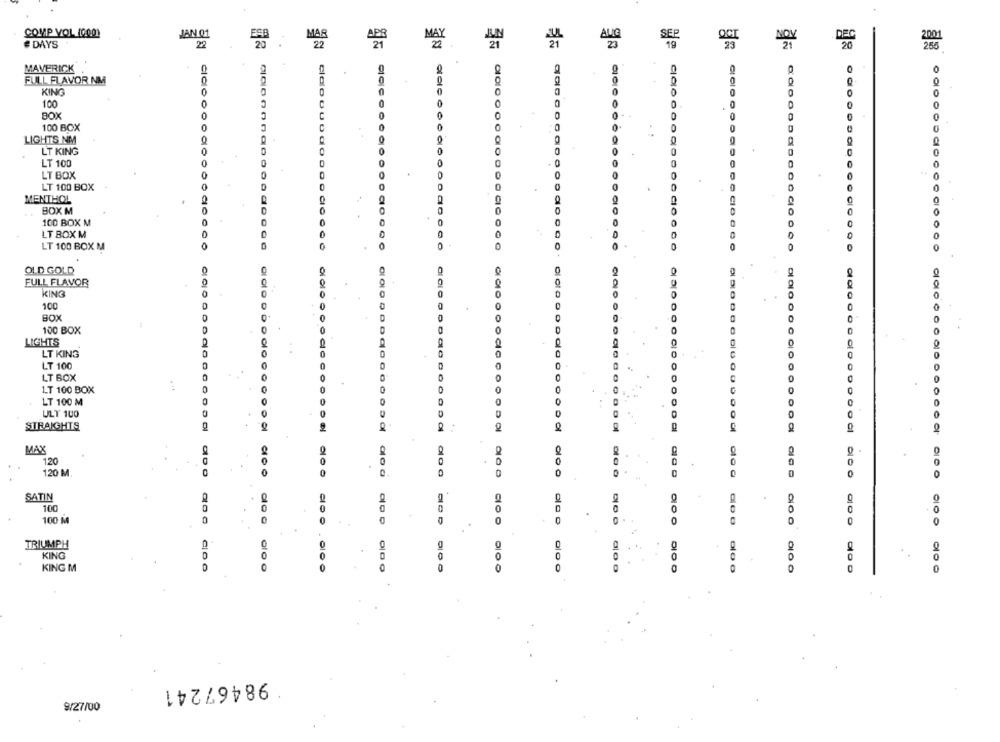
COMP VOL (000)
JAN 01
# DAYS
22
ES : MAR
MAX
AUG
SEP
NOV
2001
MAVERICK
FULL FLAVOR NM
0
KING
100
0
0
BOX
C
0
100 BOX
0
0
0
LIGHTS NM
0
0
LT KING
0
0
LT 100
0
0
LT BOX
.
0
0
LT 100 BOX
0
MENTHOL
BOX M
100 BOX M
LT BOX M
LT 100 BOX M
............. .. .
OLD GOLD
0
FULL FLAVOR
0
KING
100
BOX
100 BOX
LIGHTS
LT KING
LT 100
0
LT BOX
0
1.T 100 BOX
0
LT 100 M
ULT 100
STRAIGHTS
MAX
120
120 M.
0
SATIN
100
100 M
0
0
TRIUMPH
KING
KING M
0
98467241
9/27/00